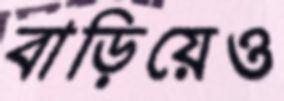
বাড়িয়েও